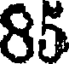
85